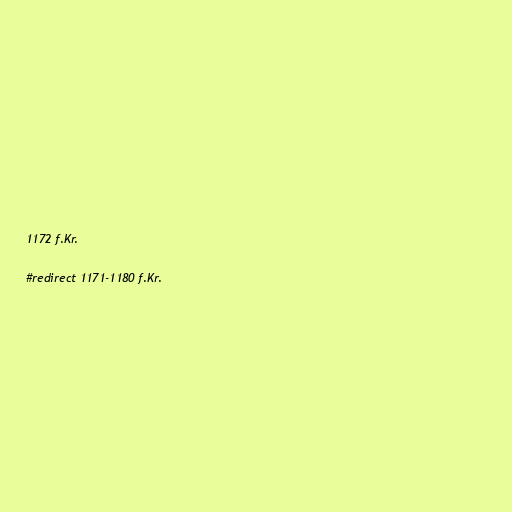
1172 f.Kr.

#redirect 1171-1180 f.Kr.